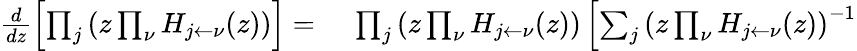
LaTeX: \begin{array}{rl}{\frac{d}{dz}\left[\prod_{j}\left(z\prod_{\nu}H_{{j}\leftarrow\nu}(z)\right)\right]=}&{{}\ \prod_{j}\left(z\prod_{\nu}H_{{j}\leftarrow\nu}(z)\right)\left[\sum_{j}\left(z\prod_{\nu}H_{{j}\leftarrow\nu}(z)\right)^{-1}\right.}\end{array}